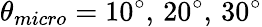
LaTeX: \theta_{micro}=10^{\circ},\, 20^{\circ},\, 30^{\circ}